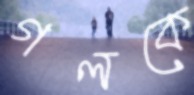
গলকে